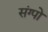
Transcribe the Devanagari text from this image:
संग्पो